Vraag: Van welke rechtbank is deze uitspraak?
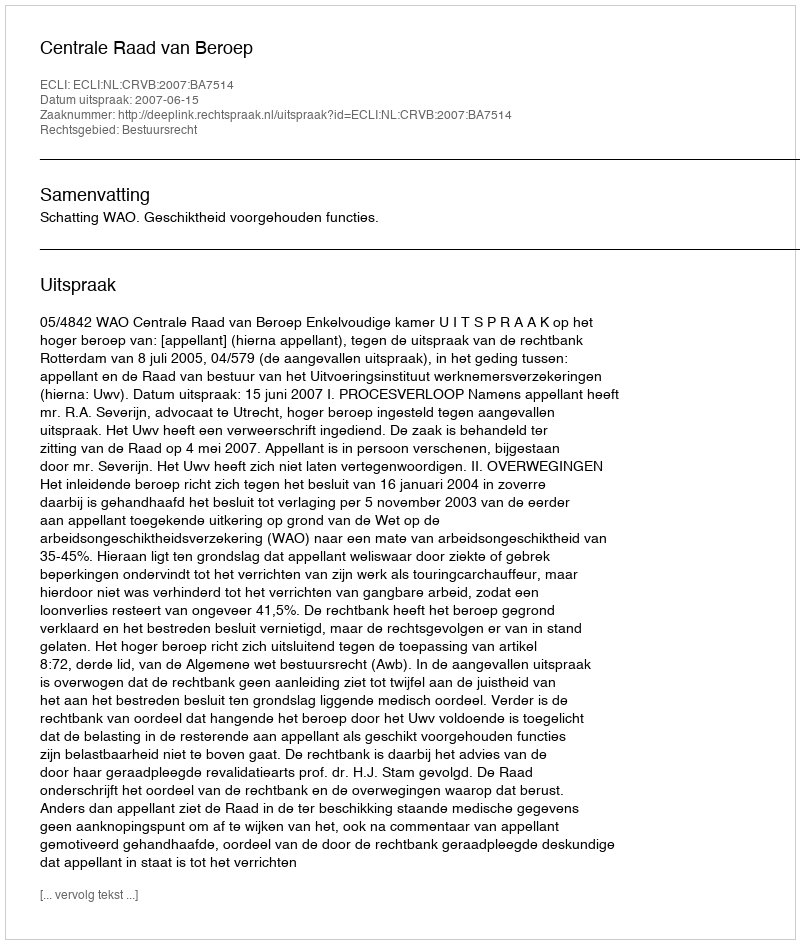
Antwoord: Centrale Raad van Beroep